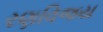
રણવિજય